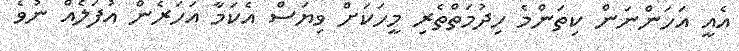
އެއީ އަހަންނަން ކިތަންމެ ހިދުމަތްތެރި މީހަކަށް ވިޔަސް އެކަމާ އަހަރެން އުފަލެއް ނުވެ